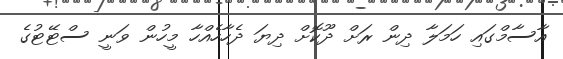
އާސާމްގައި ހަމަލާ ދިން ރަށް ދޫކޮށް ދިޔަ ދެހާހެއްހާ މީހުން ވަނީ ސްޓޭޓުގެ